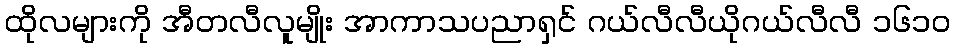
ထိုလများကို အီတလီလူမျိုး အာကာသပညာရှင် ဂယ်လီလီယိုဂယ်လီလီ ၁၆၁၀